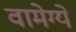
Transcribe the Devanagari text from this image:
वामेग्ये